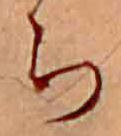
ち